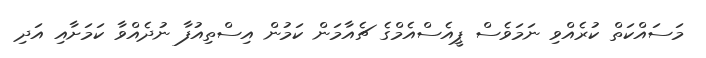
މަސައްކަތް ކުރެއްވި ނަމަވެސް ޕީއެސްއެމްގެ ޗެއާމަން ކަމުން އިސްތިއުފާ ނުދެއްވާ ކަމަށާއި އަދި